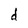
Character: d